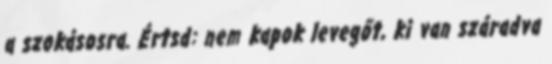
a szokásosra. Értsd: nem kapok levegőt, ki van száradva